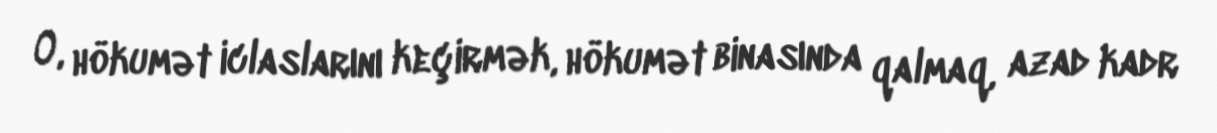
O, hökumət iclaslarını keçirmək, hökumət binasında qalmaq, azad kadr